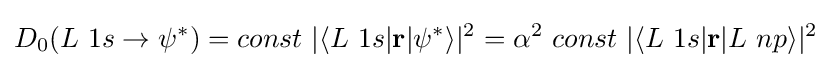
D_{0}(L\ 1s\rightarrow \psi ^{*})=const\ \vert \langle L\ 1s\vert \mathbf {r} \vert \psi ^{*}\rangle \vert ^{2}=\alpha ^{2}\ const\ \vert \langle L\ 1s\vert \mathbf {r} \vert L\ np\rangle \vert ^{2}